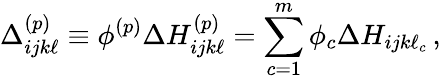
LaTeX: \Delta_{ijk\ell}^{(p)}\equiv\phi^{(p)}\Delta H_{ijk\ell}^{(p)}=\sum_{c=1}^{m}\phi_{c}\Delta H_{ijk\ell_{c}}\, ,